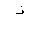
Letter: _zay